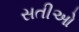
સતીઓ